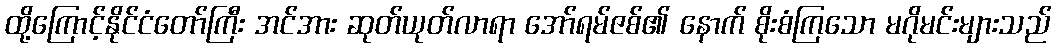
ထို့ကြောင့်နိုင်ငံတော်ကြီး အင်အား ဆုတ်ယုတ်လာရာ အော်ရမ်ဇစ်၏ နောက် စိုးစံကြသော မဂိုမင်းများသည်